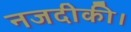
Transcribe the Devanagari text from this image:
नजदीकी।